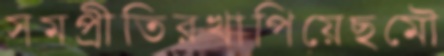
সমপ্রীতিরখাপিয়েছমৌ